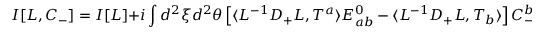
I [ L , C _ { - } ] = I [ L ] + i \int d ^ { 2 } \xi d ^ { 2 } \theta \left[ \langle L ^ { - 1 } D _ { + } L , T ^ { a } \rangle E _ { a b } ^ { 0 } - \langle L ^ { - 1 } D _ { + } L , T _ { b } \rangle \right] C _ { - } ^ { b } ,